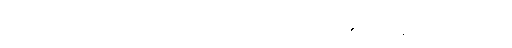
ဤသည်မှာ ဆင်းရဲသူ ဆင်းရဲသားများ၏ မာန ဖြစ်သည်။